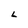
Character: 6